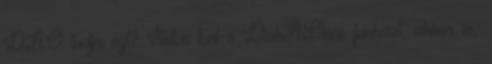
DAO tudja ezt? Illetve tud-e DiskAtOnce funkciot, akkor is,